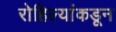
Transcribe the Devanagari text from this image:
रोहिल्यांकडून